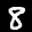
Label: 8